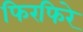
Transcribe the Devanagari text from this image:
फिरफिरे